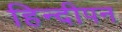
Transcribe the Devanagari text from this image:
हिन्दीपन